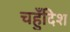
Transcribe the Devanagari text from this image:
चहुँदिश